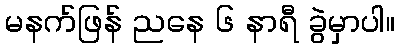
မနက်ဖြန် ညနေ ၆ နာရီ ခွဲမှာပါ။